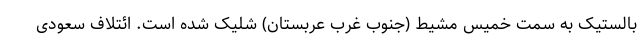
بالستیک به سمت خمیس مشیط (جنوب غرب عربستان) شلیک شده است. ائتلاف سعودی